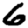
Digit: 6